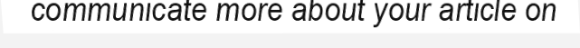
communicate more about your article on